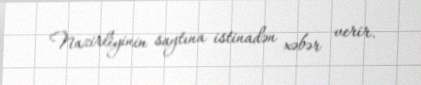
Nazirliyinin saytına istinadən xəbər verir.